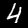
Digit: 4